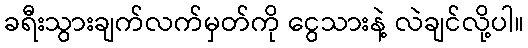
ခရီးသွားချက်လက်မှတ်ကို ငွေသားနဲ့ လဲချင်လို့ပါ။